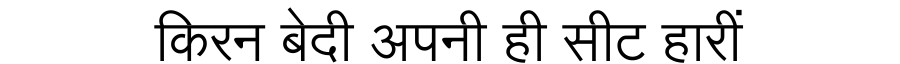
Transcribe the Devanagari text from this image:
किरन बेदी अपनी ही सीट हारीं